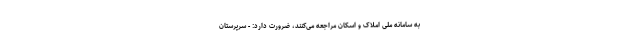
به سامانه ملی املاک و اسکان مراجعه می‌کنند، ضرورت دارد: - سرپرستان